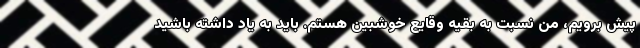
پیش برویم، من نسبت به بقیه وقایع خوشبین هستم. باید به یاد داشته باشید